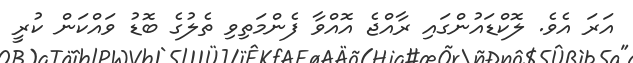
އަރަ އެވެ. ލޮކްޑައުންގައި ރާއްޖެ އޮއްވާ ފެންމަތިވި ތެލުގެ ބޮޑު ވައްކަން ކުރީ